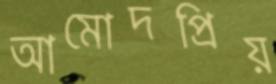
আমোদপ্রিয়